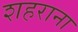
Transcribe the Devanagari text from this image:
शहराना